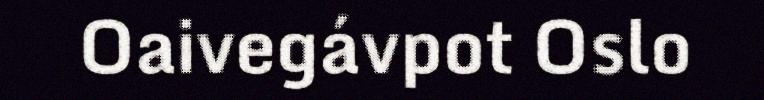
Oaivegávpot Oslo